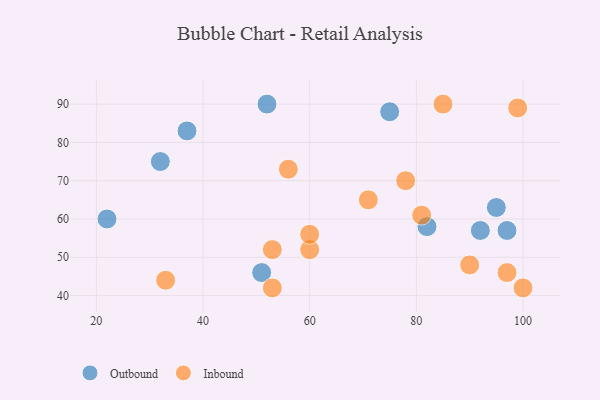
{"axis": {"x": "GDP", "y": "Life Expectancy"}, "legend": ["Inbound", "Outbound"], "data": [{"x": "52", "y": 90, "type": "Outbound"}, {"x": "22", "y": 60, "type": "Outbound"}, {"x": "82", "y": 58, "type": "Outbound"}, {"x": "75", "y": 88, "type": "Outbound"}, {"x": "95", "y": 63, "type": "Outbound"}, {"x": "51", "y": 46, "type": "Outbound"}, {"x": "92", "y": 57, "type": "Outbound"}, {"x": "97", "y": 57, "type": "Outbound"}, {"x": "37", "y": 83, "type": "Outbound"}, {"x": "32", "y": 75, "type": "Outbound"}, {"x": "60", "y": 52, "type": "Inbound"}, {"x": "60", "y": 56, "type": "Inbound"}, {"x": "33", "y": 44, "type": "Inbound"}, {"x": "56", "y": 73, "type": "Inbound"}, {"x": "90", "y": 48, "type": "Inbound"}, {"x": "53", "y": 52, "type": "Inbound"}, {"x": "78", "y": 70, "type": "Inbound"}, {"x": "71", "y": 65, "type": "Inbound"}, {"x": "81", "y": 61, "type": "Inbound"}, {"x": "100", "y": 42, "type": "Inbound"}, {"x": "99", "y": 89, "type": "Inbound"}, {"x": "85", "y": 90, "type": "Inbound"}, {"x": "53", "y": 42, "type": "Inbound"}, {"x": "97", "y": 46, "type": "Inbound"}]}